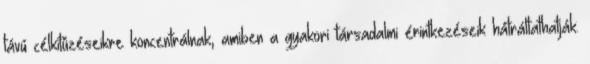
távú célkitûzéseikre koncentrálnak, amiben a gyakori társadalmi érintkezéseik hátráltathatják.